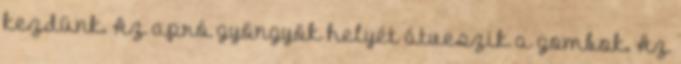
kezdünk. Az apró gyöngyök helyét átveszik a gombok. Az